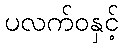
ပလက်ဝနှင့်